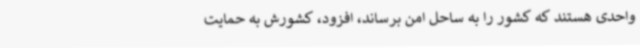
واحدی هستند که کشور را به ساحل امن برساند، افزود، کشورش به حمایت